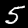
Digit: 5